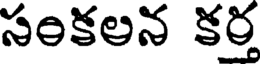
సంకలన కర్త